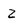
Character: Z